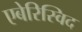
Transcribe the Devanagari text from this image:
एबेरिस्विद